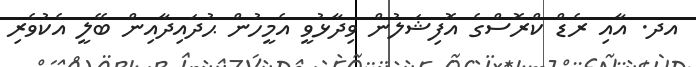
އދ. އާއި ރެޑް ކްރޮސްގެ އޮފިޝަލުން ވިދާޅުވީ އެމީހުން ޙުދައިދާއިން ބޭލީ އެކުވެރި